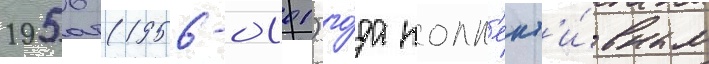
1956 (1956-01-01) го́да колл'ект'и́вным